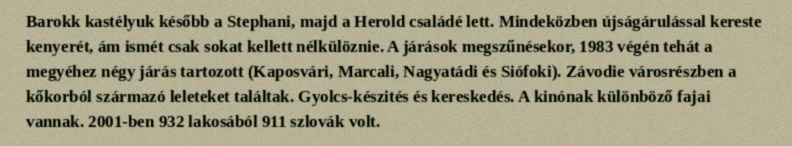
Barokk kastélyuk később a Stephani, majd a Herold családé lett. Mindeközben újságárulással kereste kenyerét, ám ismét csak sokat kellett nélkülöznie. A járások megszűnésekor, 1983 végén tehát a megyéhez négy járás tartozott (Kaposvári, Marcali, Nagyatádi és Siófoki). Závodie városrészben a kőkorból származó leleteket találtak. Gyolcs-készités és kereskedés. A kinónak különböző fajai vannak. 2001-ben 932 lakosából 911 szlovák volt.